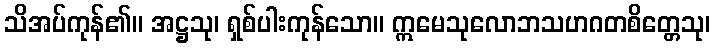
သိအပ်ကုန်၏။ အဋ္ဌသု၊ ရှစ်ပါးကုန်သော။ ဣမေသုလောဘသဟဂတစိတ္တေသု၊